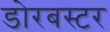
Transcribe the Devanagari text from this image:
डोरबस्टर